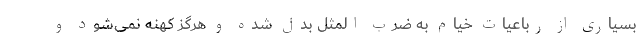
بسیاری از رباعیات خیام به ضرب المثل بدل شده و هرگز کهنه نمی‌شود و